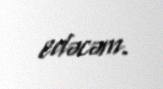
edəcəm.